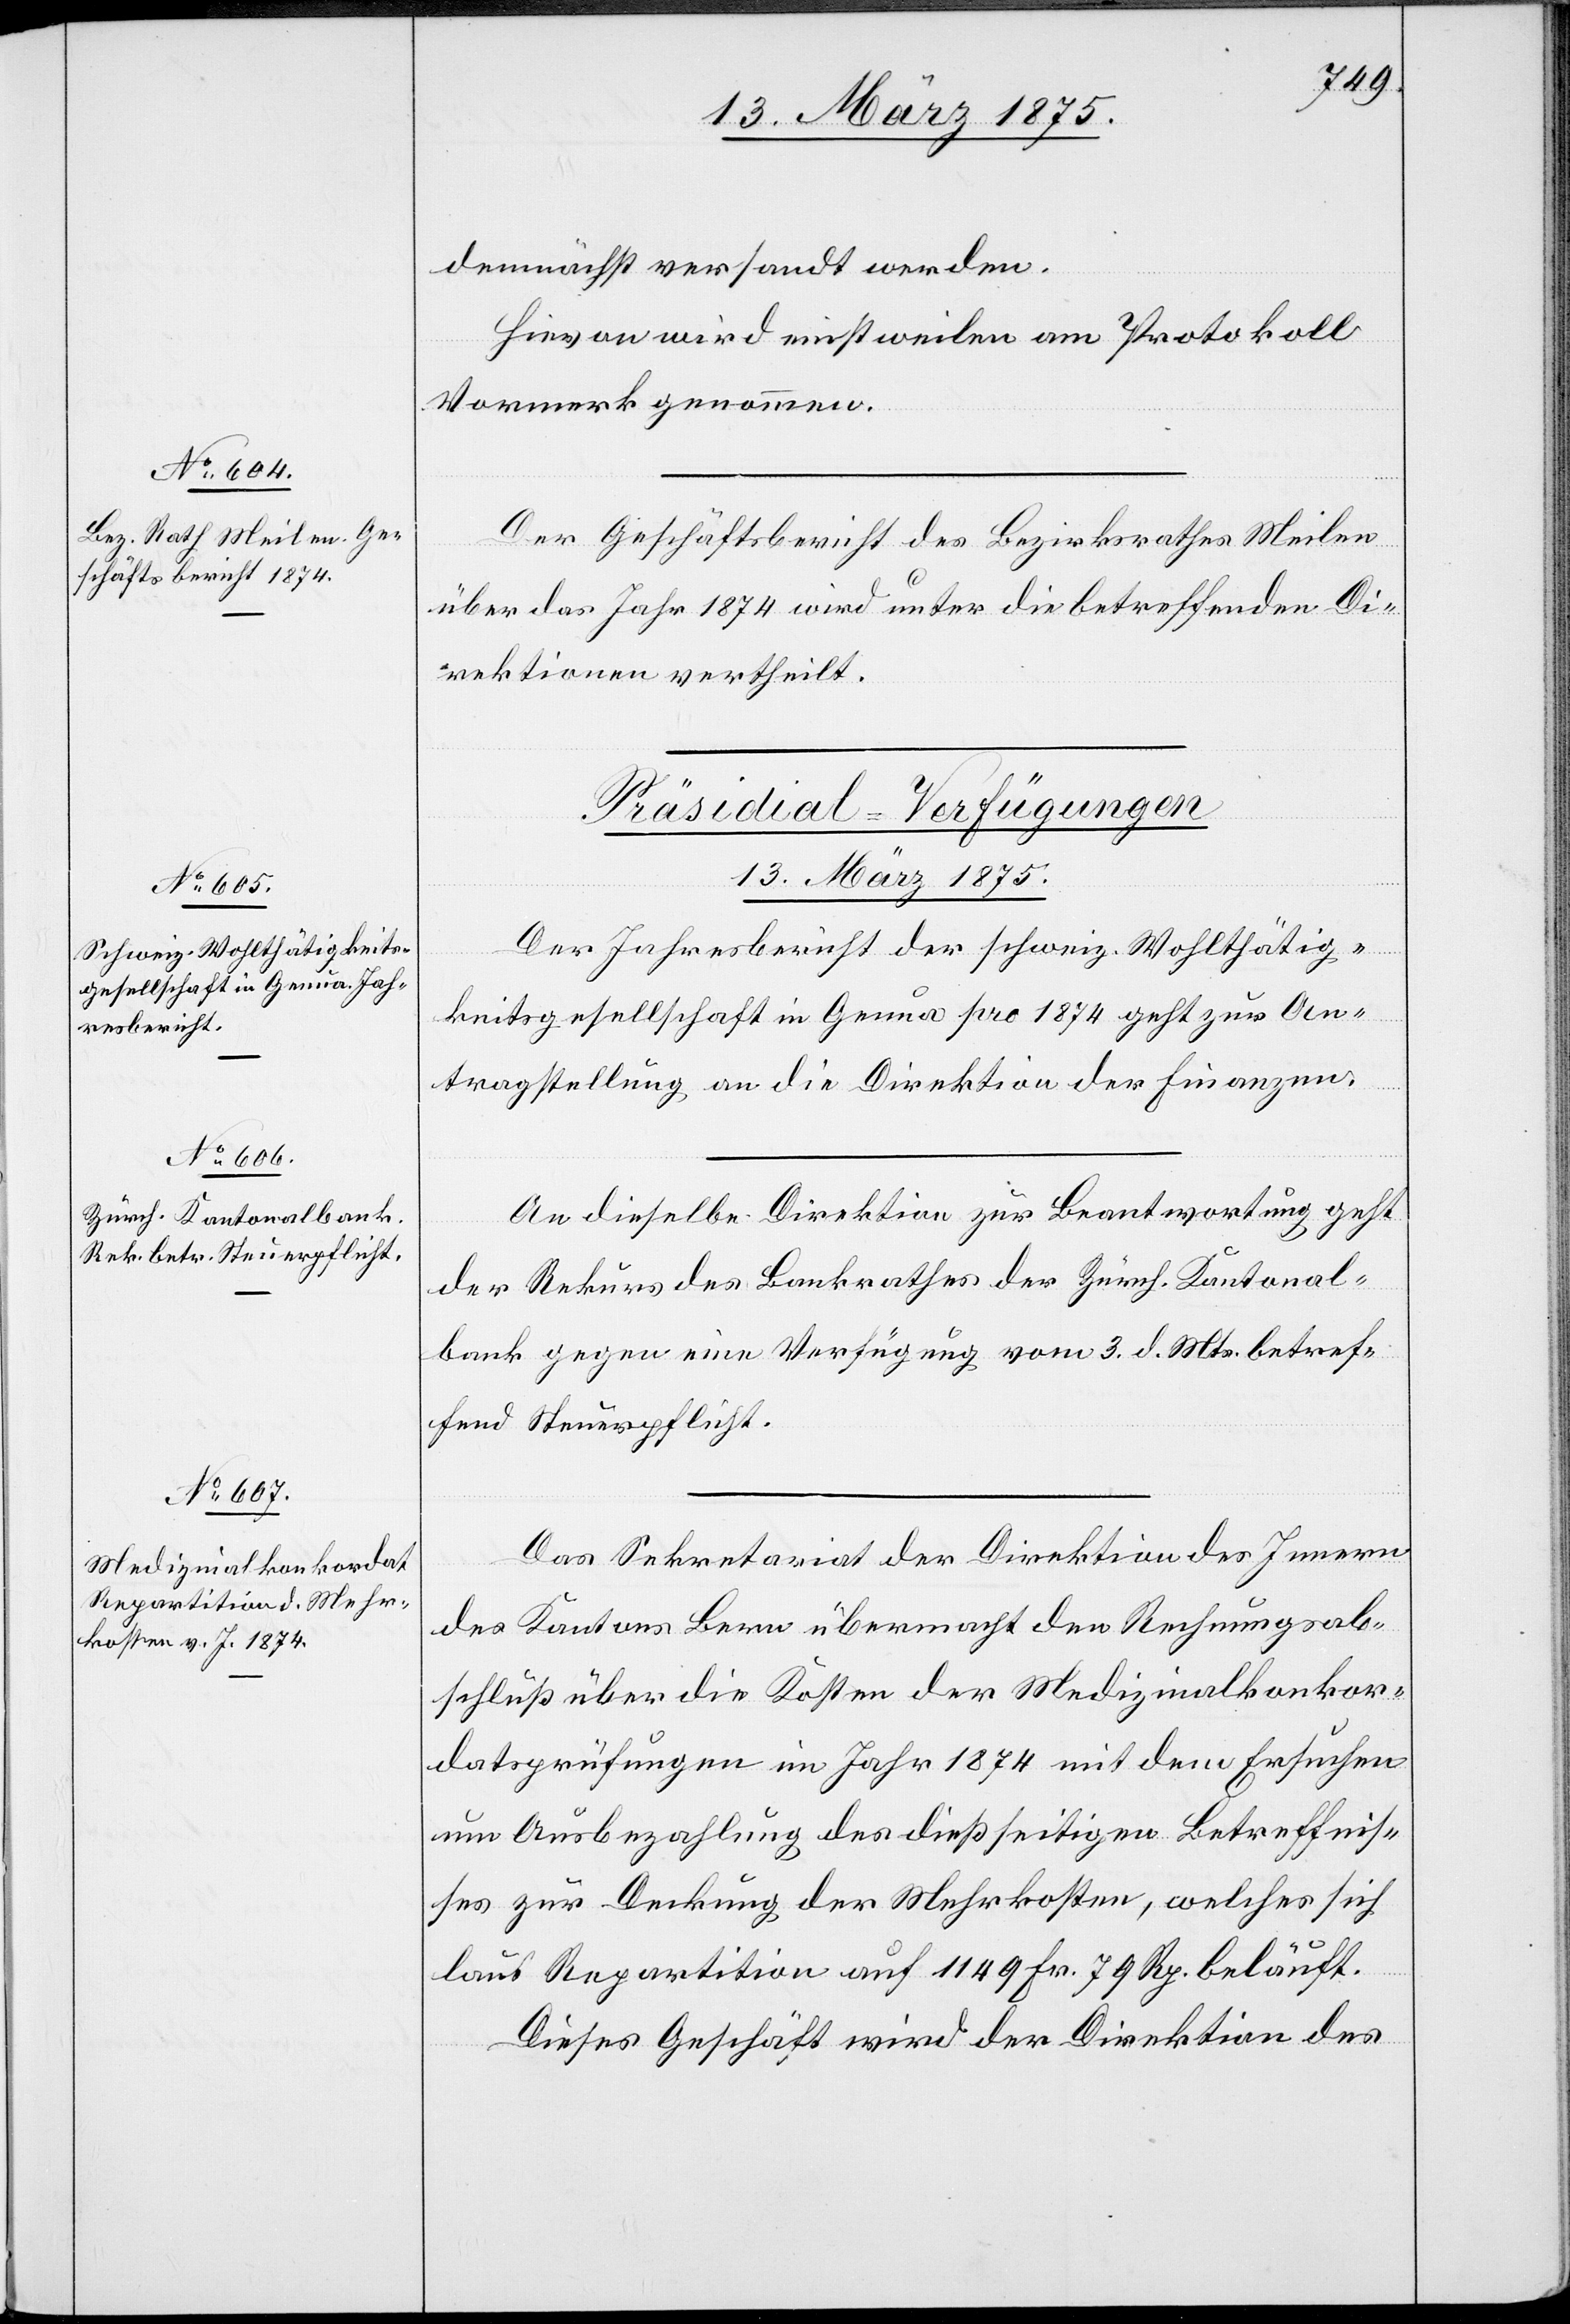
demnächst versandt werden.
Hievon wird einstweilen am Protokoll
Vormerk genommen.
Der Geschäftsbericht des Bezirksrathes Meilen
über das Jahr 1874 wird unter die betreffenden Di¬
rektionen vertheilt.
[Präsidial-Verfügungen
13. März 1875.]
Der Jahresbericht der schweiz. Wohlthätig¬
keitsgesellschaft in Genua pro 1874 geht zur An¬
tragstellung an die Direktion der Finanzen.
An dieselbe Direktion zur Beantwortung geht
der Rekurs des Bankrathes der Zürch. Kantonal¬
bank gegen eine Verfügung vom 3. d. Mts. betref¬
fend Steuerpflicht.
Das Sekretariat der Direktion des Innern
des Kantons Bern übermacht den Rechnungsab¬
schluß über die Kosten der Medizinalkonkor¬
datsprüfungen im Jahr 1874 mit dem Ersuchen
um Ausbezahlung des dießseitigen Betreffnis¬
ses zur Deckung der Mehrkosten, welches sich
laut] Repartition auf 1149 Fr. 79 Rp. beläuft.
Dieses Geschäft wird der Direktion des